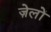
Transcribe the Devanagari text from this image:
ज़ेलों